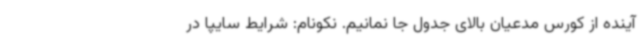
آینده از کورس مدعیان بالای جدول جا نمانیم. نکونام: شرایط سایپا در